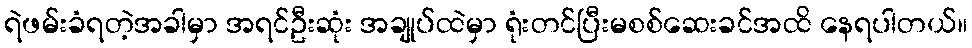
ရဲဖမ်းခံရတဲ့အခါမှာ အရင်ဦးဆုံး အချုပ်ထဲမှာ ရုံးတင်ပြီးမစစ်ဆေးခင်အထိ နေရပါတယ်။